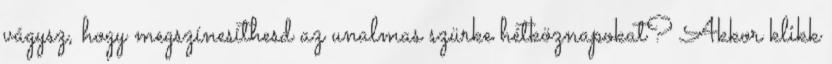
vágysz, hogy megszínesíthesd az unalmas szürke hétköznapokat? Akkor klikk